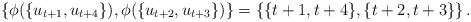
LaTeX: \begin{align*}\left\{ \phi(\{u_{t+1},u_{t+4}\}),\phi(\{u_{t+2},u_{t+3}\}) \right\} = \left\{ \{t+1,t+4\},\{t+2,t+3\} \right\}. \end{align*}